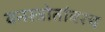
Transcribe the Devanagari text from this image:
वनस्त्रोतांवरच